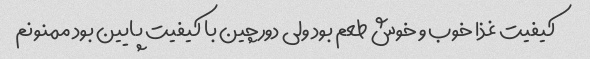
کیفیت غذا خوب و خوش طعم بود ولی دورچین با کیفیت پایین بود ممنونم